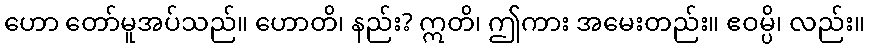
ဟော တော်မူအပ်သည်။ ဟောတိ၊ နည်း? ဣတိ၊ ဤကား အမေးတည်း။ ဧဝမ္ပိ၊ လည်း။